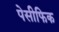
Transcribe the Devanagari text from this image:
पेसीफिक